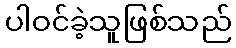
ပါဝင်ခဲ့သူဖြစ်သည်